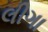
લીગા